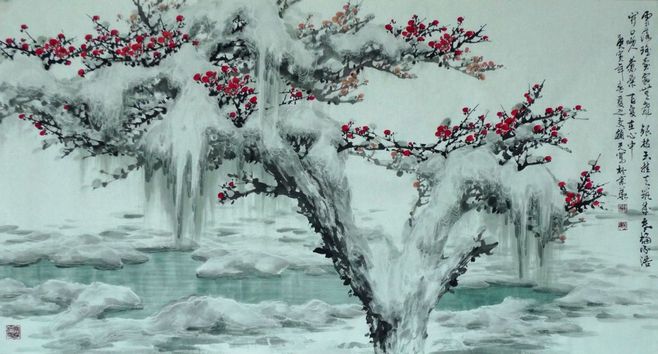
塞北梅花羌笛吹，淮南桂树小山词。